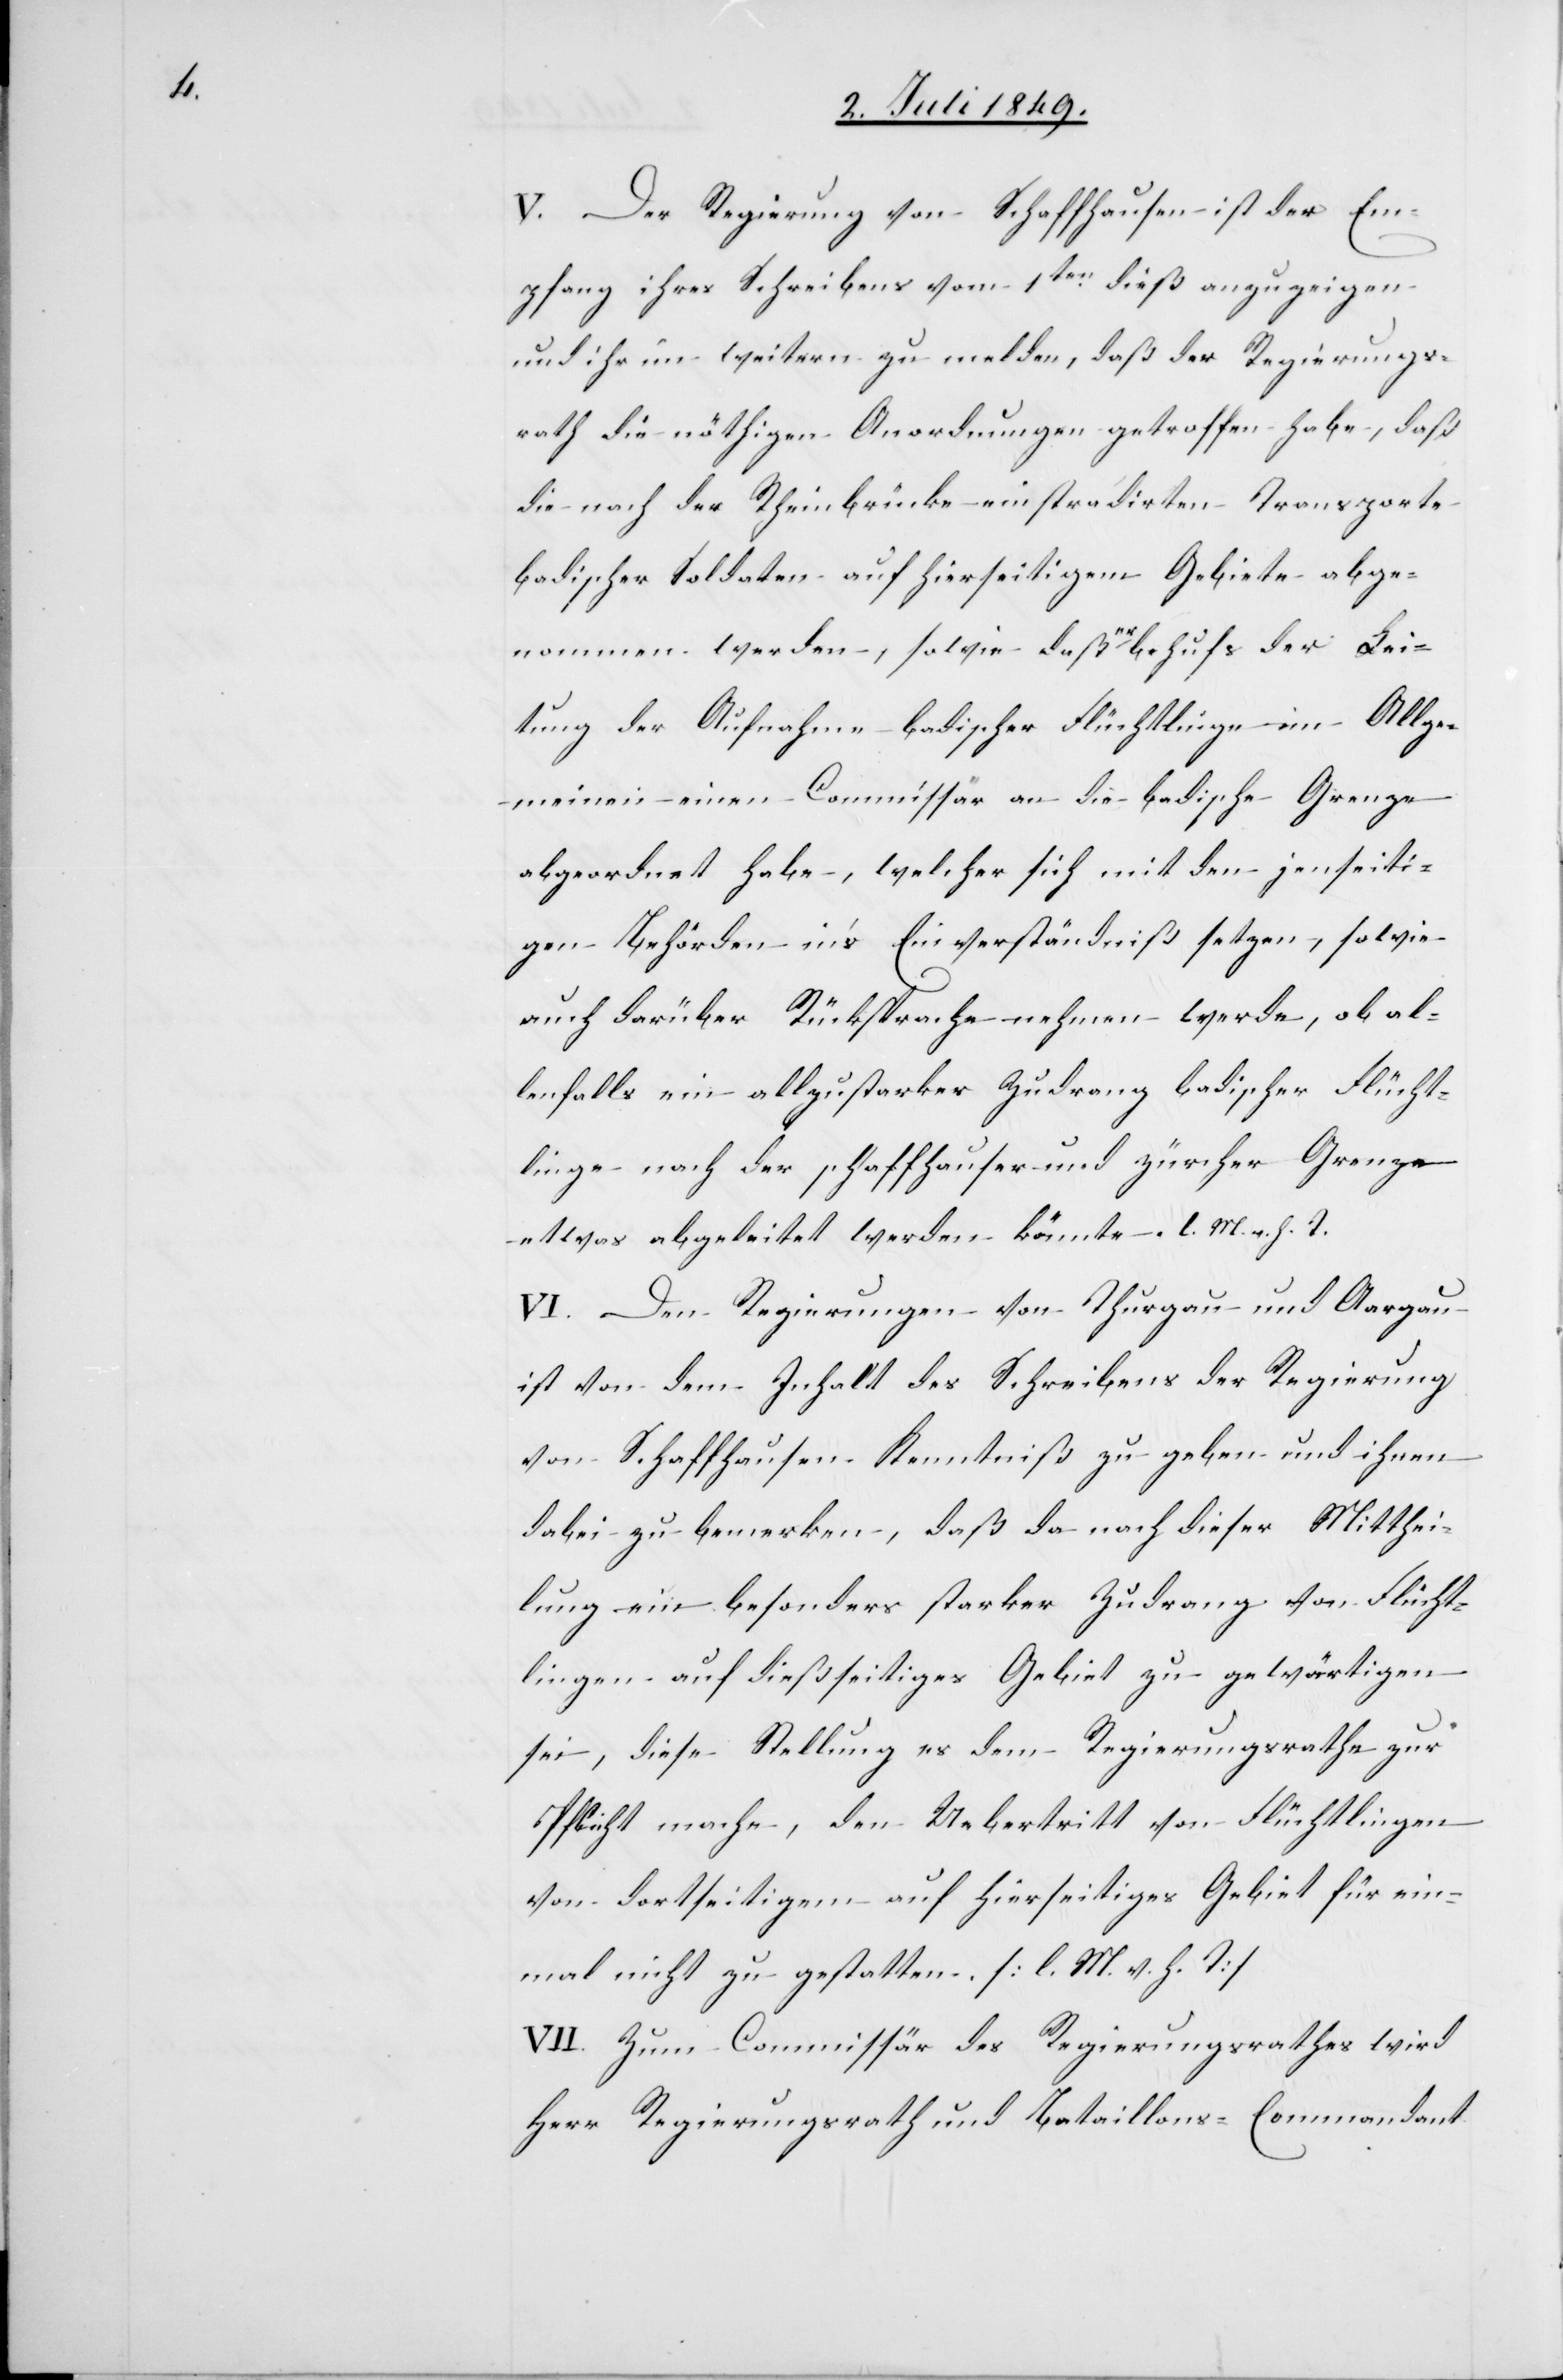
V. Der Regierung von Schaffhausen ist der Em¬
pfang ihres Schreibens vom 1ten dieß anzuzeigen
und ihr im weitern zu melden, daß der Regierungs¬
rath die nöthigen Anordnungen getroffen habe, daß
die nach der Rheinbrücke einstradirten Transporte
badischer Soldaten auf hierseitigem Gebiete abge¬
nommen werden, sowie daß er behufs der Lei¬
tung der Aufnahme badischer Flüchtlinge im Allge¬
meinen einen Commissär an die badische Grenze
abgeordnet habe, welcher sich mit den jenseiti¬
gen Behörden in’s Einverständniß setzen, sowie
auch darüber Rücksprache nehmen werde, ob al¬
lenfalls ein allzustarker Zudrang badischer Flücht¬
linge nach der schaffhauser- und zürcher Grenze
etwas abgeleitet werden könnte. l. M. v. h. T.
VI. Den Regierungen von Thurgau und Aargau
ist von dem Inhalt des Schreibens der Regierung
von Schaffhausen Kenntniß zu geben und ihnen
dabei zu bemerken, daß da nach dieser Mitthei¬
lung ein besonders starker Zudrang von Flücht¬
lingen auf dießseitiges Gebiet zu gewärtigen
sei, diese Stellung es dem Regierungsrathe zur
Pflicht mache, den Uebertritt von Flüchtlingen
von dortseitigem auf hierseitiges Gebiet für ein¬
mal nicht zu gestatten. [l. M. h. T]
VII. Zum Commissär des Regierungsrathes wird
Herr Regierungsrath und Bataillons-Commandant